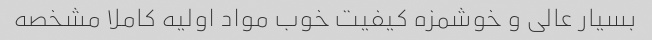
بسیار عالی و خوشمزه کیفیت خوب مواد اولیه کاملا مشخصه